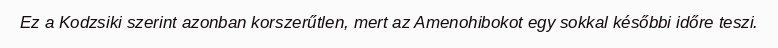
Ez a Kodzsiki szerint azonban korszerűtlen, mert az Amenohibokot egy sokkal későbbi időre teszi.